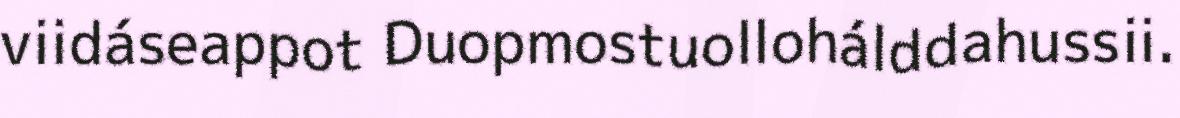
viidáseappot Duopmostuollohálddahussii.